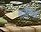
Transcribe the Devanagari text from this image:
मालिअ